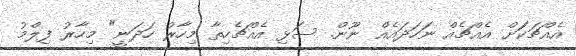
އެއްޗަކަަށް އެއްޗެއް ނަހަދައެއް ނޫން. ސަޅި އެއްޗެހިތާ މިހާރު ހަދަނީ" މިހާރު ފިލްމު